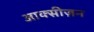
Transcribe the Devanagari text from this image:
आक्सीज़न